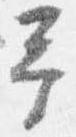
予